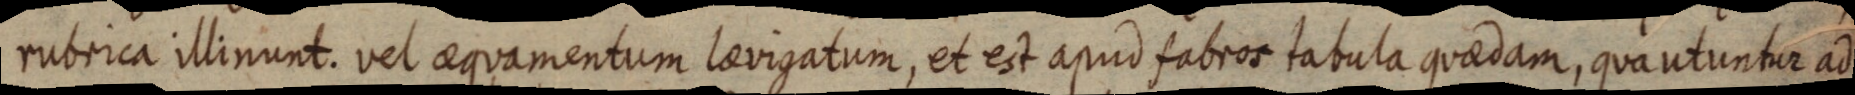
rubrica illinunt. vel aequamentum laevigatum, et est apud fabros tabula quaedam, quantuntur ad